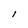
Character: l